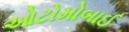
ઓટોમોબાઈ